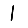
Digit: 1